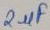
Text: 2uF